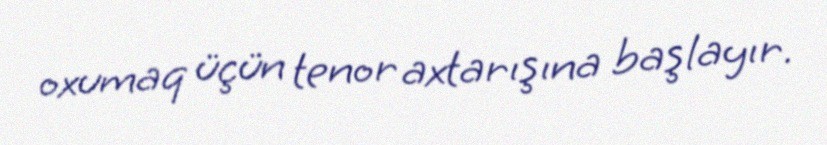
oxumaq üçün tenor axtarışına başlayır.